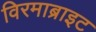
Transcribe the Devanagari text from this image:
विरमाब्राइट